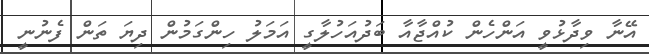
އޭނާ ވިދާޅުވީ އަންހެން ކުއްޖާއާ ބަދުއަހުލާގީ އަމަލު ހިންގަމުން ދިޔަ ތަން ފެނުނީ